Vaccination in the Punjab 1867-1880 - 1867-1880
Year: 1867
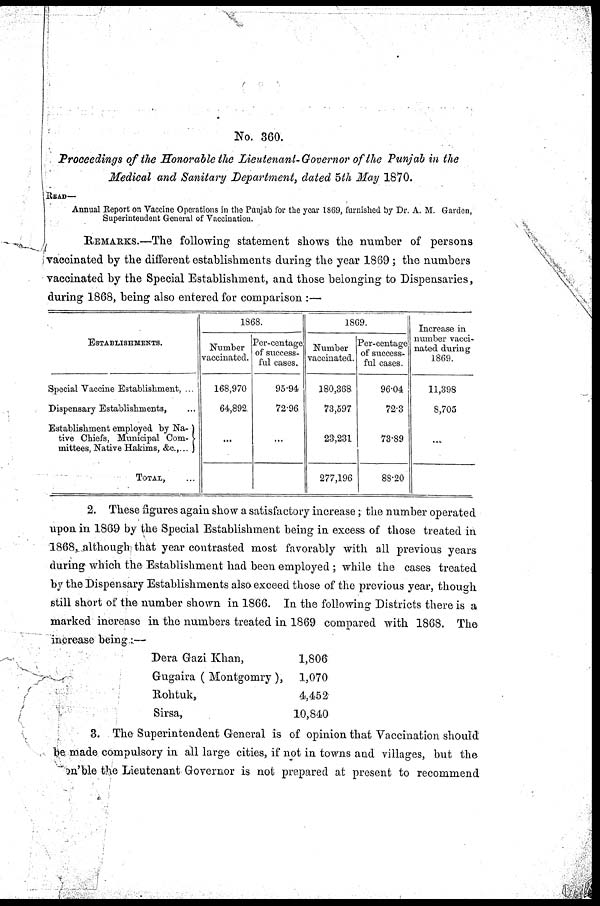
No. 360.
Proceedings of the Honorable the Lieutenant-Governor of the Punjab in the
Medical and Sanitary Department, dated 5th May 1870.
READ—
Annual Report on Vaccine Operations in the Punjab for the year 1869, furnished by Dr. A. M. Garden,
Superintendent General of Vaccination.
REMARKS.—The following statement shows the number of persons
vaccinated by the different establishments during the year 1869 ; the numbers
vaccinated by the Special Establishment, and those belonging to Dispensaries,
during 1868, being also entered for comparison :—
ESTABLISHMENTS.
Special Vaccine Establishment, ...
Dispensary Establishments, ...
Establishment employed by Na-
tive Chiefs, Municipal Com-
mittees, Native Hakims, &c.,...
TOTAL, ...
1868.
Number
vaccinated.
168,970
64,892
...
Per-centage
of success-
ful cases.
95.94
72.96
...
1869.
Number
vaccinated.
180,368,
73,597
23,231
277,196
Per-centage
of success-
ful cases.
96.04
72.3
73.89
88.20
Increase in
number vacci-
nated during
1869.
11,398
8,705
...
2. These figures again show a satisfactory increase; the number operated
upon in 1869 by the Special Establishment being in excess of those treated in
1868, although that year contrasted most favorably with all previous years
during which the Establishment had been employed ; while the cases treated
by the Dispensary Establishments also exceed those of the previous year, though
still short of the number shown in 1866. In the following Districts there is a
marked increase in the numbers treated in 1869 compared with 1868. The
increase being:—
Dera Gazi Khan,
Gugaira ( Montgomry),
Rohtuk,
Sirsa,
1,806
1,070
4,452
10,840
3. The Superintendent General is of opinion that Vaccination should
be made compulsory in all large cities, if not in towns and villages, but the
Hon'ble the Lieutenant Governor is not prepared at present to recommend